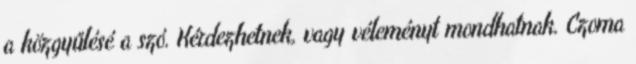
a közgyűlésé a szó. Kérdezhetnek, vagy véleményt mondhatnak. Czoma